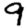
Digit: 9